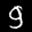
Label: 9